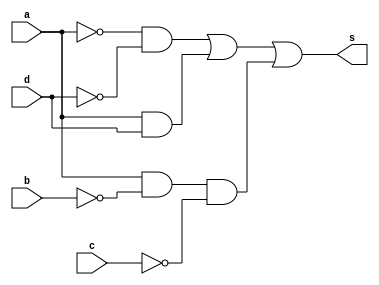
// ---------------------
// Guia08_02
// Nome: Bruno Cezar Andrade Viallet
// ---------------------

// ---------------------
// -- module 
// ---------------------

module exercicio2(s, a, b, c, d);
	output s;
	input a, b, c, d;
	wire n1, n2, n3, n4, c1, c2, c3;
	not NOT1(n1, a);
	not NOT2(n2, b);
	not NOT3(n3, c);
	not NOT4(n4, d);
	and AND1(c1, n1, n4);
	and AND2(c2, a, d);
	and AND3(c3, a, n2, n3);
	or OR1(s, c1, c2, c3);
endmodule // fim exercicio2

module testexercicio2();
	reg a, b, c, d;
	wire s;
	integer numero, i, j, k, l;

	exercicio2 EX2(s, a, b, c, d);

	initial begin
		a = 0;
		b = 0;
		c = 0;
		d = 0;
		numero = -1;
	end

	initial begin
		$display("Guia08_02 - Bruno Cezar Andrade Viallet - 396679\n");
		#1 $display("   a b c d  Out");

		for(i = 0; i < 2; i = i + 1)begin
			a = i;
			for(j = 0; j < 2; j = j + 1)begin
				b = j;
				for(k = 0; k < 2; k = k + 1)begin
					c = k;
					for(l = 0; l < 2; l = l + 1)begin
						#1 d = l; numero = numero + 1;
						#1 $display("%2d %b %b %b %b  %b", numero, a, b, c, d, s);
					end
				end
			end
		end
	end
	
endmodule //fim testexercicio2